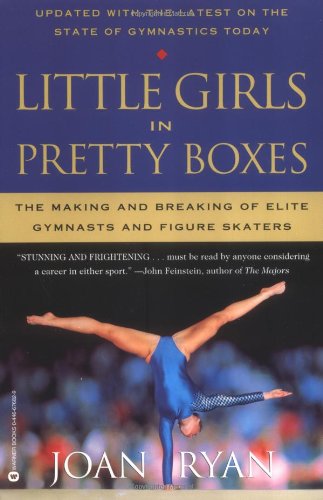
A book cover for Little Girls in Pretty Boxes: The Making and Breaking of Elite Gymnasts and Figure Skaters; Joan Ryan; Sports & Outdoors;